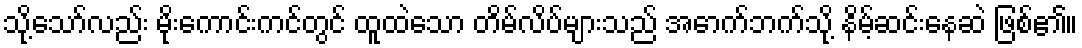
သို့သော်လည်း မိုးကောင်းကင်တွင် ထူထဲသော တိမ်လိပ်များသည် အောက်ဘက်သို့ နိမ့်ဆင်းနေဆဲ ဖြစ်၏။